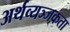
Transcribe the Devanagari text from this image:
अर्थव्यञ्जकता